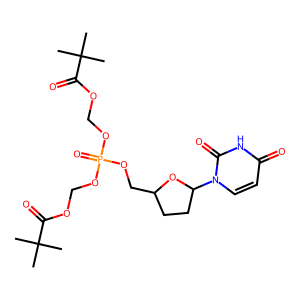
SMILES: CC(C)(C)C(=O)OCOP(=O)(OCOC(=O)C(C)(C)C)OCC1CCC(n2ccc(=O)[nH]c2=O)O1
Inhibits HIV replication: Yes